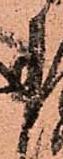
事